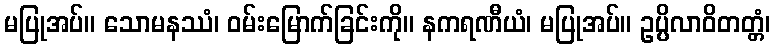
မပြုအပ်။ သောမနဿံ၊ ဝမ်းမြောက်ခြင်းကို။ နကရဏီယံ၊ မပြုအပ်။ ဥပ္ပိလာဝိတတ္တံ၊